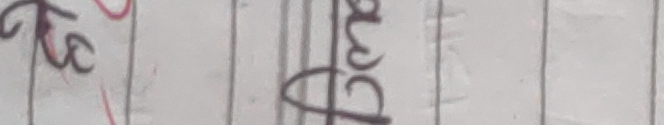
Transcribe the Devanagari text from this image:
रुक्साडे